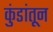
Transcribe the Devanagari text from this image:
कुंडांतून